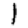
Digit: 1